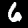
Label: 6